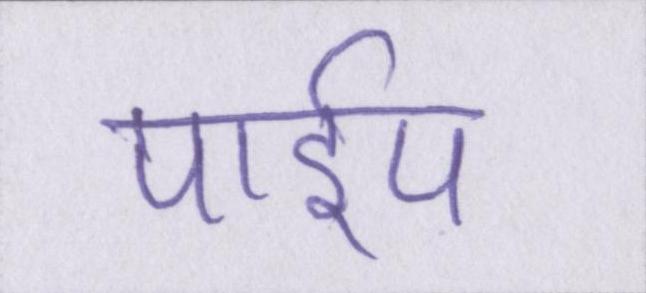
पाईप